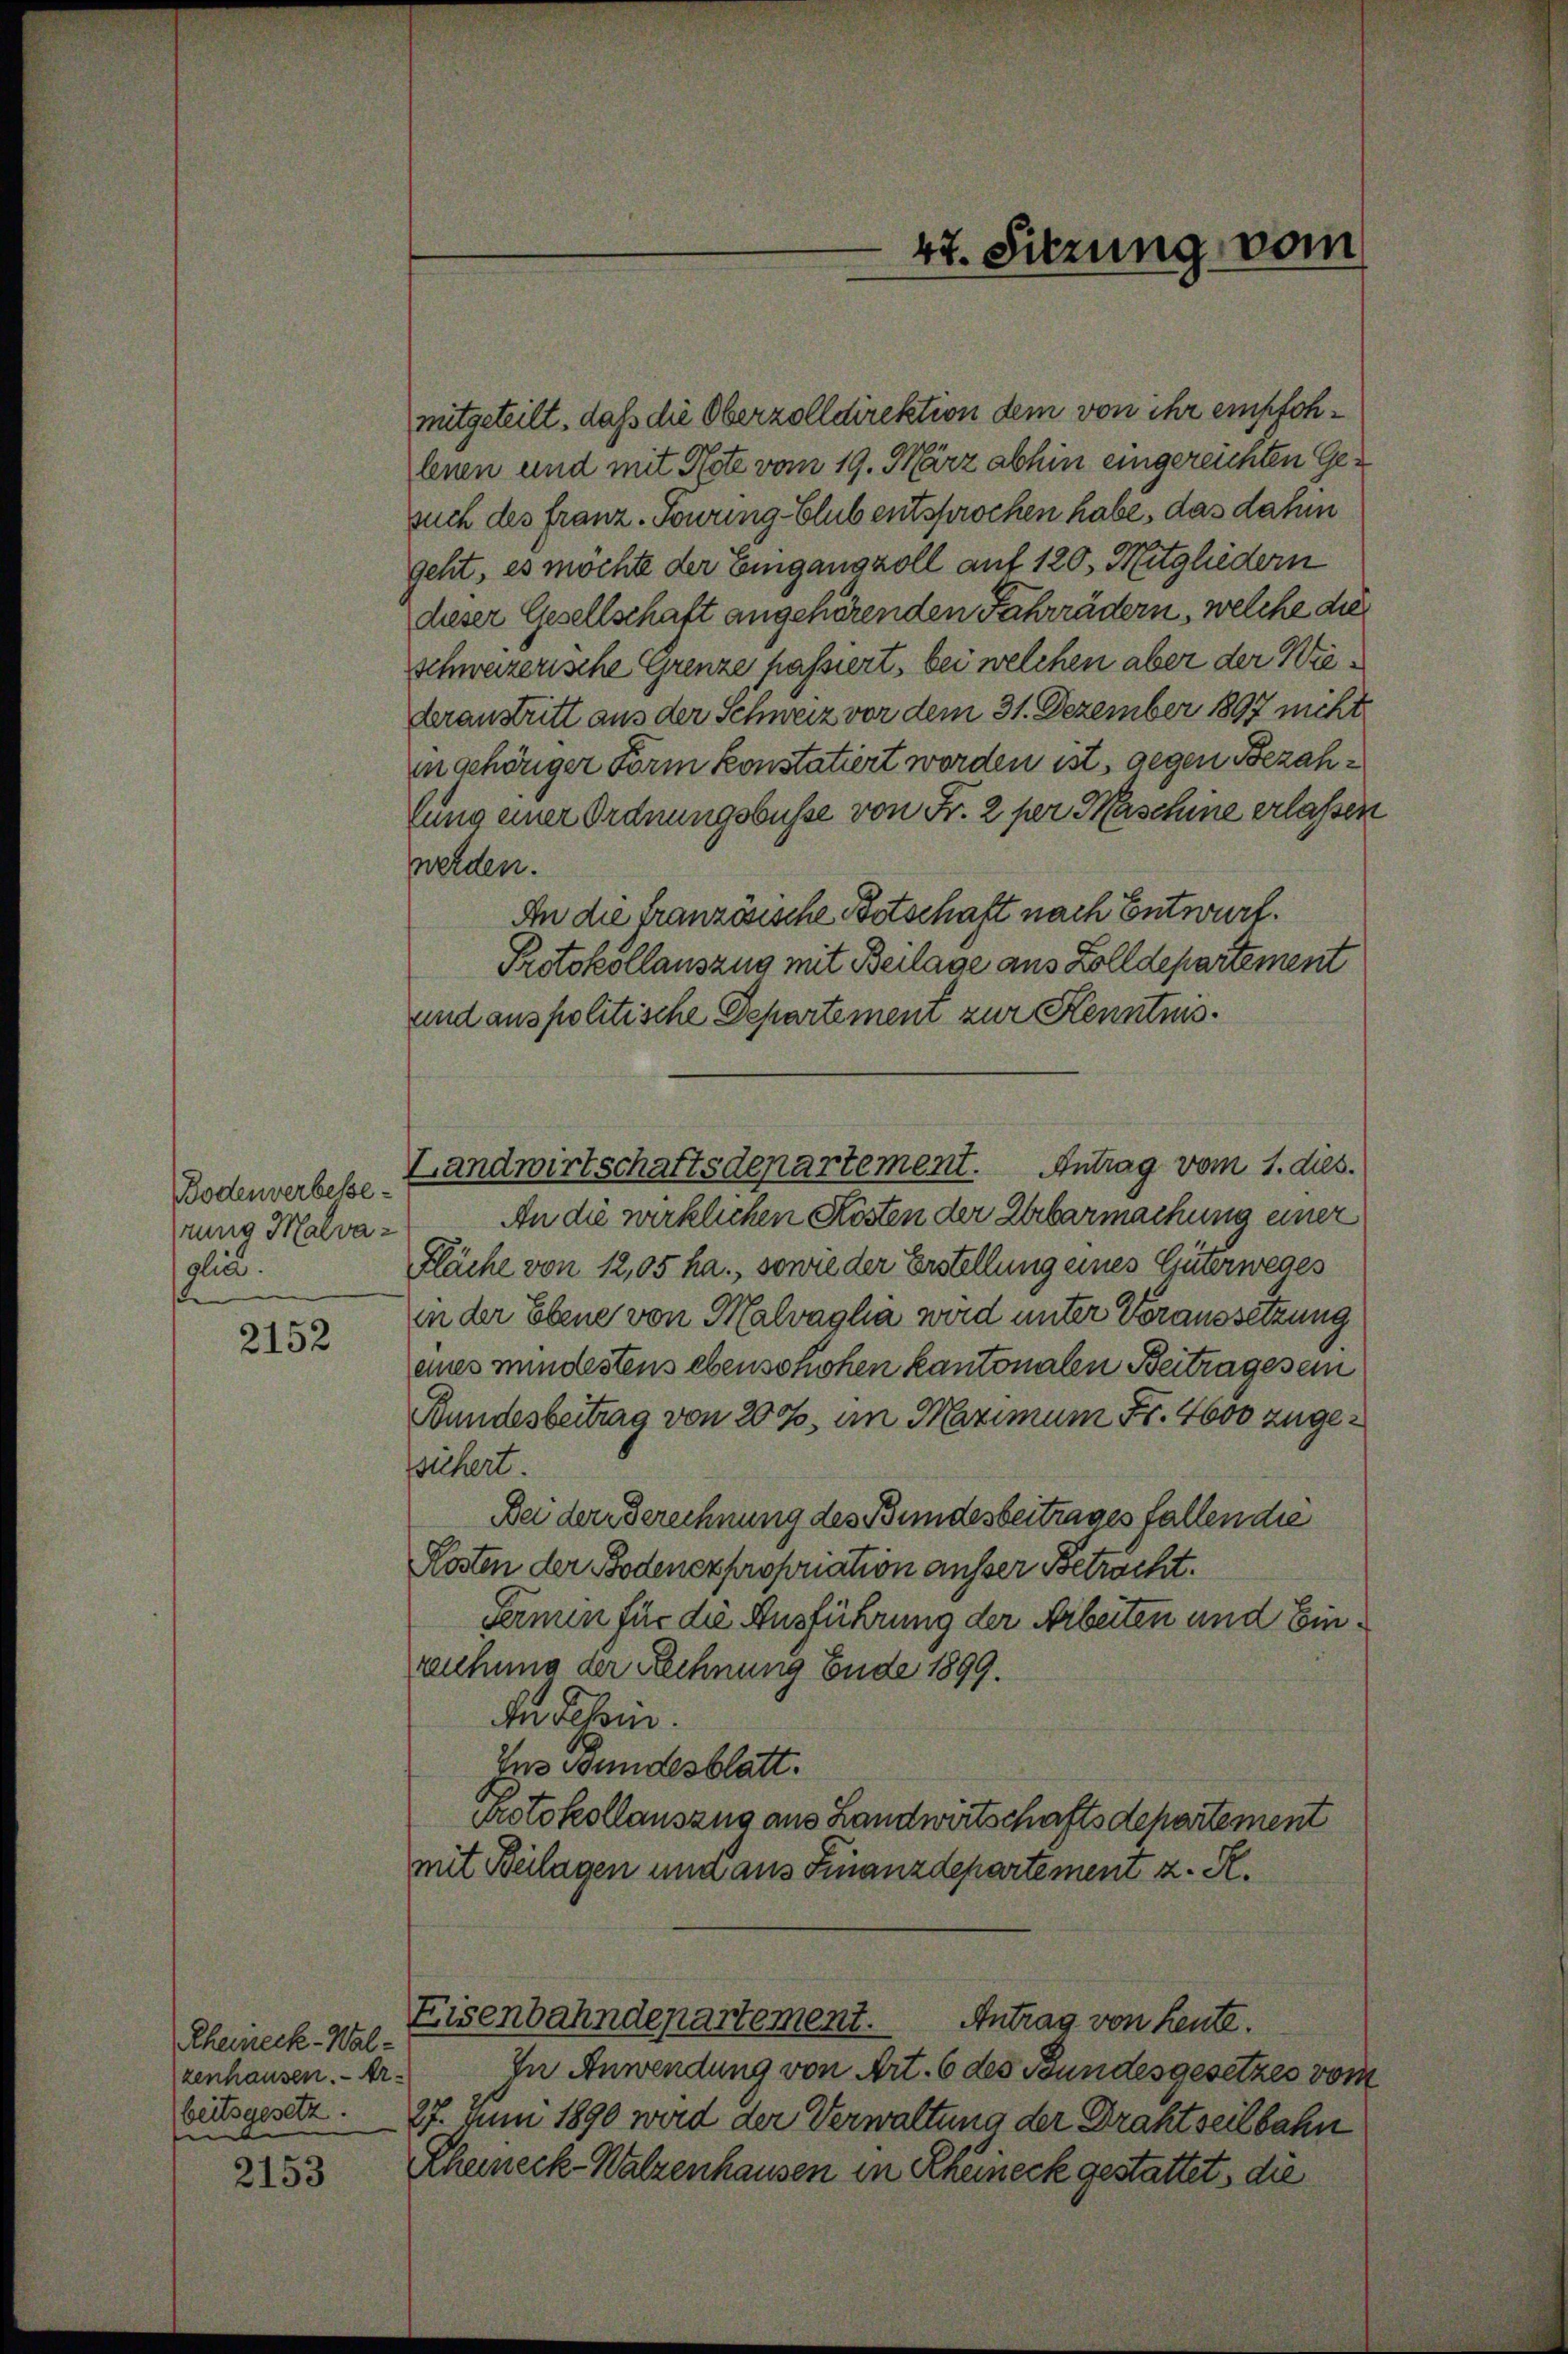
Bodenverbesse
rung Malvadlin.

2152

Rheineck-Walzenhausen. - Arbeitsgesetz.
e

2153

mitgeteilt, daß die Oberzolldirektion dem von ihr empfohlenen und mit Note vom 19. März abhin eingereichten Gesuch des franz-Sowung blub entsprochen habe, das dahin
geht, es möchte der Eingangzoll auf 120. Mitgliedern
dieser Gesellschaft angehörenden Fahrrädern, welche die
schweizerische Grenze hassiert, bei welchen aber der Wiederanstritt aus der Schweiz vor dem 31. Dezember 1897 nicht
in gehöriger Form konstatiert worden ist, gegen Bezahfung einer Ordnungsbusse von Fr. 2 per Maschine erlassen
werden.
An die französische Betschaft nach Entwurf.
Protokollauszug mit Beilage aus Zolldepartement
und anspolitische Departement zur Kenntnis.
An die wirklichen Kosten der Urbarmachung einer
Fläche von 12,05 ha., sowie der Erstellung eines Güterweges
in der Ebene von Malvaglia wird unter Voraussetzung
eines mindestens ebensohohen kantonalen Beitrages ein
Bundesbeitrag von 200, am Maximum Fr. 4600 zugesichert.
Bei der Berechnung des Bundesbeitrages fallen die
Kosten der Bodenexproponation ausser Betracht.
Fermin für die Ausführung der Arbeiten und Einreichung der Rechnung Ende 1899.
An Tessin.
Ins Bundesblatt.
Protokollauszug aus Landwirtschaftsdepartement
mit Beilagen und aus Finanzdepartement z. R.
Eisenbahndepartement.
Antrag von heute.
In Anwendung von Art. 6 des Stundesgesetzes vom
27. Juni 1890 wird der Verwaltung der Drahtseitbahn
Rheineck-Walzenhausen in Rhuneck gestattet, die

Landwirtschaftsdepartement. Antrag vom 1. dies.

47. Sitzung vom